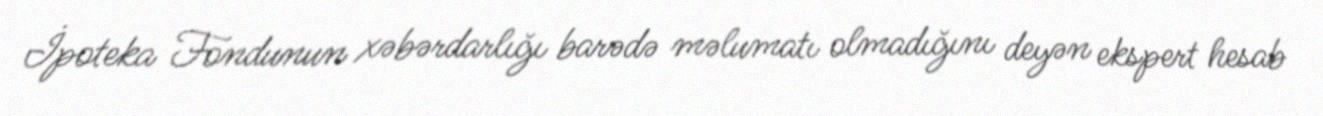
İpoteka Fondunun xəbərdarlığı barədə məlumatı olmadığını deyən ekspert hesab